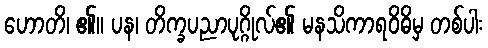
ဟောတိ၊ ၏။ ပန၊ တိက္ခပညာပုဂ္ဂိုလ်၏ မနသိကာရဝိဓိမှ တစ်ပါး